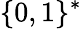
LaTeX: \{ 0,1\} ^{*}